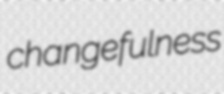
changefulness